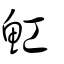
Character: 魟